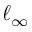
\ell _ { \infty }